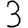
Digit: 3